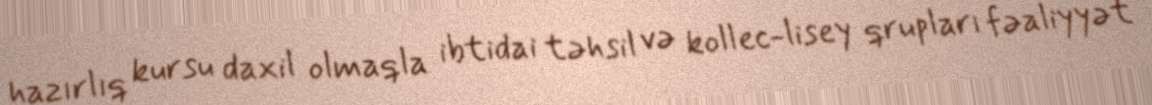
hazırlıq kursu daxil olmaqla ibtidai təhsil və kollec-lisey qrupları fəaliyyət